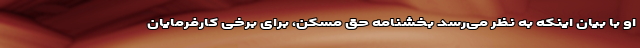
او با بیان اینکه به نظر می‌رسد بخشنامه حق مسکن، برای برخی کارفرمایان